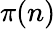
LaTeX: \pi(n)